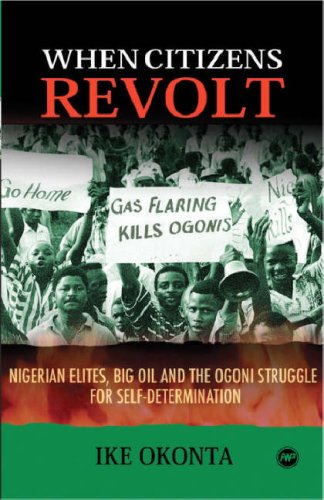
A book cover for When Citizens Revolt: Nigerian Elites, Big Oil and the Ogoni Struggle for Self-Determination; Ike Okonta; History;